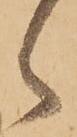
候